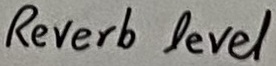
Text: Reverb level